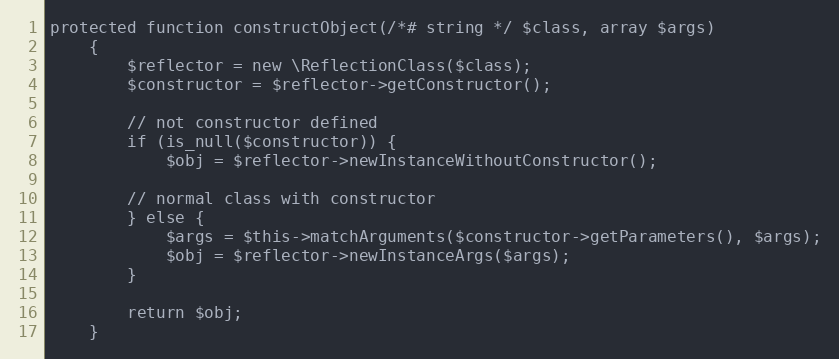
Language: PHP
protected function constructObject(/*# string */ $class, array $args)
    {
        $reflector = new \ReflectionClass($class);
        $constructor = $reflector->getConstructor();

        // not constructor defined
        if (is_null($constructor)) {
            $obj = $reflector->newInstanceWithoutConstructor();

        // normal class with constructor
        } else {
            $args = $this->matchArguments($constructor->getParameters(), $args);
            $obj = $reflector->newInstanceArgs($args);
        }

        return $obj;
    }